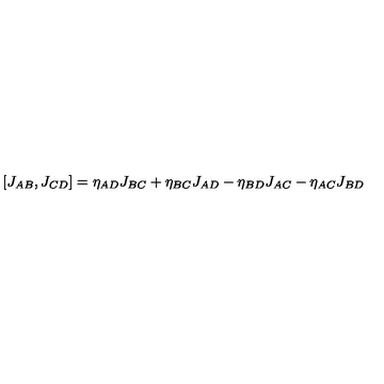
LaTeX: [ J _ { A B } , J _ { C D } ] = \eta _ { A D } J _ { B C } + \eta _ { B C } J _ { A D } - \eta _ { B D } J _ { A C } - \eta _ { A C } J _ { B D }